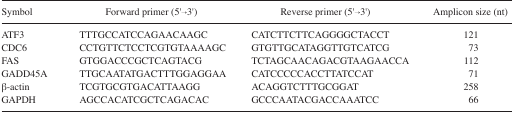
<table><thead><tr><td><b>Symbol</b></td><td><b>Forward primer (5′→3′)</b></td><td><b>Reverse primer (5′→3′)</b></td><td><b>Amplicon size (nt)</b></td></tr></thead><tbody><tr><td>ATF3</td><td>TTTGCCATCCAGAACAAGC</td><td>CATCTTCTTCAGGGGCTACCT</td><td>121</td></tr><tr><td>CDC6</td><td>CCTGTTCTCCTCGTGTAAAAGC</td><td>GTGTTGCATAGGTTGTCATCG</td><td>73</td></tr><tr><td>FAS</td><td>GTGGACCCGCTCAGTACG</td><td>TCTAGCAACAGACGTAAGAACCA</td><td>112</td></tr><tr><td>GADD45A</td><td>TTGCAATATGACTTTGGAGGAA</td><td>CATCCCCCACCTTATCCAT</td><td>71</td></tr><tr><td>β-actin</td><td>TCGTGCGTGACATTAAGG</td><td>ACAGGTCTTTGCGGAT</td><td>258</td></tr><tr><td>GAPDH</td><td>AGCCACATCGCTCAGACAC</td><td>GCCCAATACGACCAAATCC</td><td>66</td></tr></tbody></table>